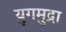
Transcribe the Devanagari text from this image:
युगमुद्रा